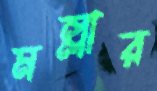
মল্লার